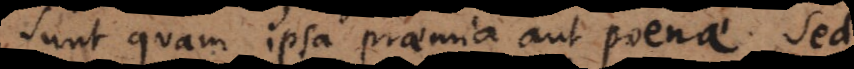
sunt quam ipsa praemia aut ponae. Sed